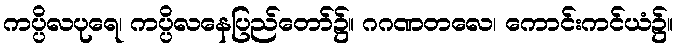
ကပ္ပိလပုရေ၊ ကပ္ပိလနေပြည်တော်၌။ ဂဂဏတလေ၊ ကောင်းကင်ယံ၌။